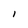
Character: I